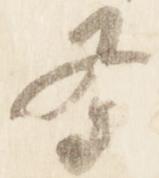
条